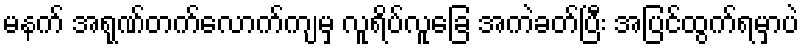
မနက် အရုဏ်တက်လောက်ကျမှ လူရိပ်လူခြေ အကဲခတ်ပြီး အပြင်ထွက်ရမှာပဲ